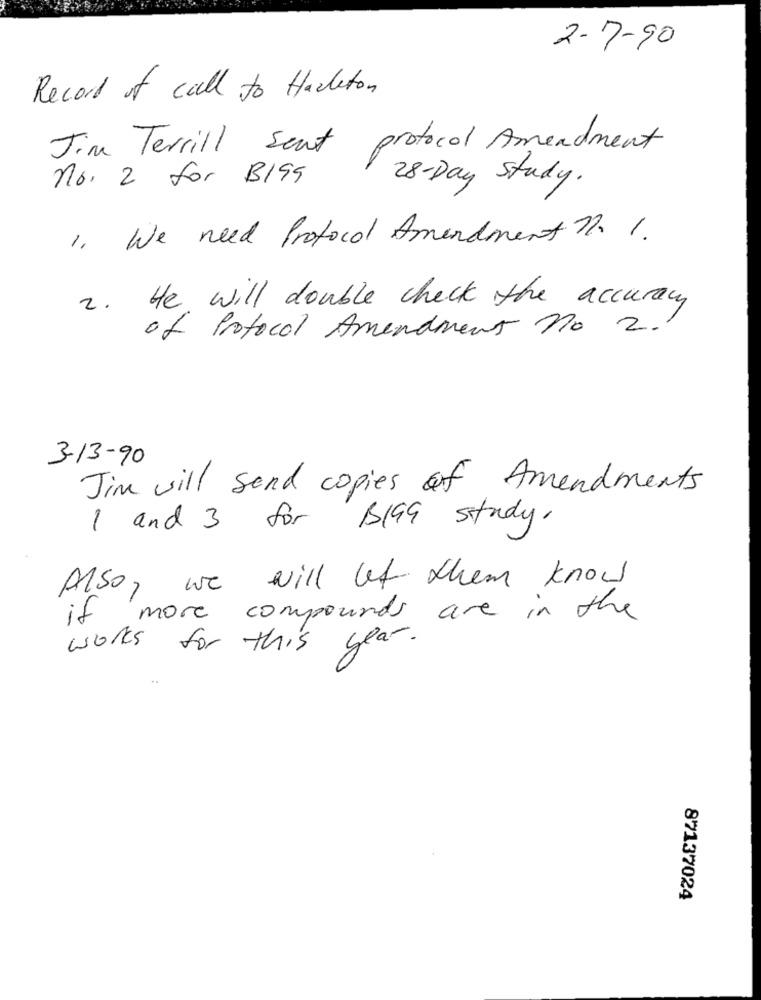
2-7-90
Record of call to Haceton
protocol Amendment
Jim Terrill Sent
no. 2 for B195
28-Day Study.
1. We need Protocol Amendment n. 1.
2. He will double check the accuracy
of Protocol Amendment no 2.
3-13-90
Jim will send copies of Amendments
1 and 3 for BIGG study.
Also, we will let them know
if more compounds are in the
works for this year.
87137024